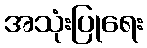
အသုံးပြုရေး